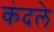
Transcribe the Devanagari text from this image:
कंदले